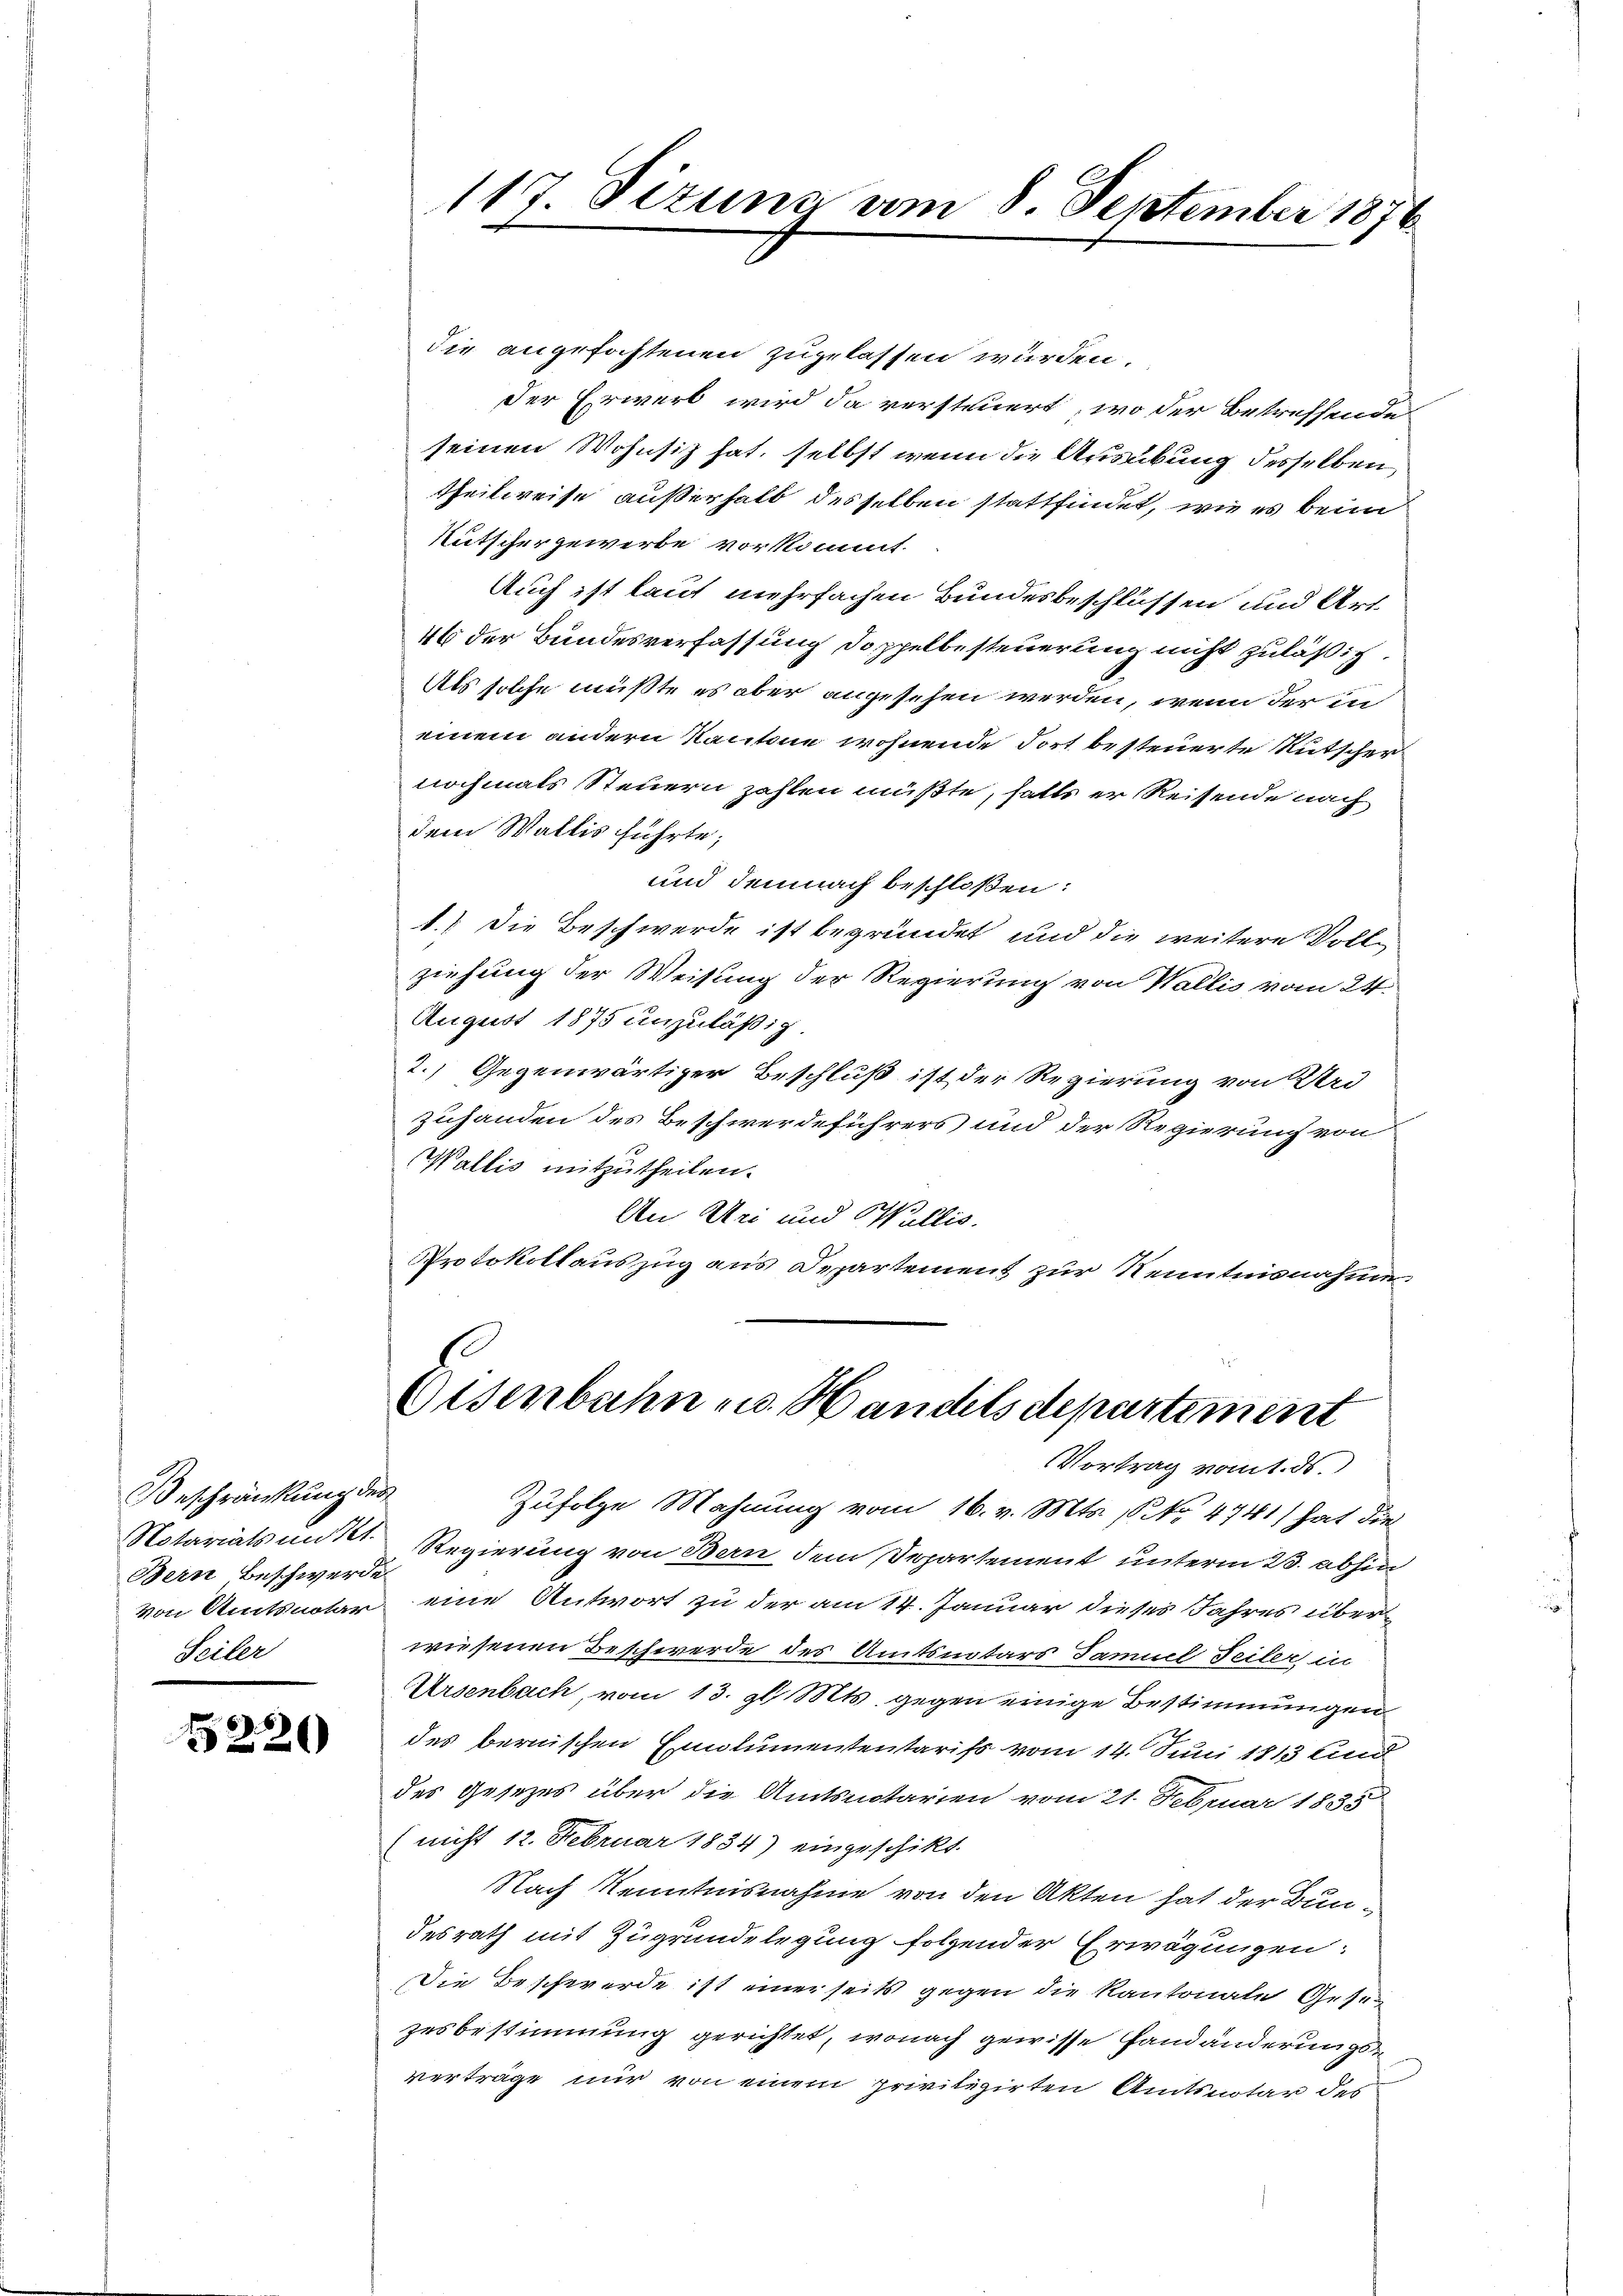
Beschränkung des
Bern Beschwerde
Seiler

5226)

die angefochtenen zugelassen wurden.
der Erwerb wird da versteuert, wo der Betreffenden
seinen Wohnsitz hat, selbst wenn die Ausübung desselben
theilweise außerhalb desselben stattfindet, wie es beim
Kutscher gewerbe vorkommt.
Auch ist lauf mehrfachen Bundesbeschlüssen und Art
46 der Bundesverfassung doppelbesteuerung nicht zuläßig
Als solche müßte es aber angesehen werden, wenn der in
einem andern Kantone wohnende dort besteuerte Rutscher
nochmals Steuern zahlen müßte, falls er Reisende nach
dem Wallis führte;
und demnach beschloßen:
1.) Die Beschwerde ist begründet und die weitere Vollziehung der Weisung der Regierung von Wallis vom 24.
August 1875 unzuläßig.
2.) Gegenwärtiger Beschluß ist der Regierung von Urd
zuhanden des Beschwerdeführers und der Regierung von
Wallis mitzutheilen.
An Uri und Wallis.
Protokollauszug aus Departement zur Kenntnisnahme

117. Sizuns am 8. September 1876

Eisenbahn zu Handels departiment
Vortrag vom 1. ds.

Zufolge Mahnung vom 16. v. Mts. 18 No 4741) hat die
Notariatsmittl. Regierung von Bern dem Departement unterm 23. abhin
von Amtsnotar eine Antwort zu der am 14. Januar dieses Jahres überwiesenen Beschwerde des Amtsnotars Samuel Teiler in
Ursenbach, vom 13. gl. Mts. gegen einige Bestimmungen
des bernischen Emolumententarifs vom 14. Juni 1813 sind
des Gesetzes über die Amtsnotarien vom 21. Februar 1835
(nicht 12. Februar 1834) eingeschikt.
Nach Kenntnisnahme von den Akten hat der Bundesrath mit Zugrundelegung folgender Erwägungen:
Die Beschwerde ist einer seits gegen die Kantonale Gesezesbestimmung gerichtet, wonach gewisse Handänderungsverträge nur von einem privitizirten Amtsnotar des